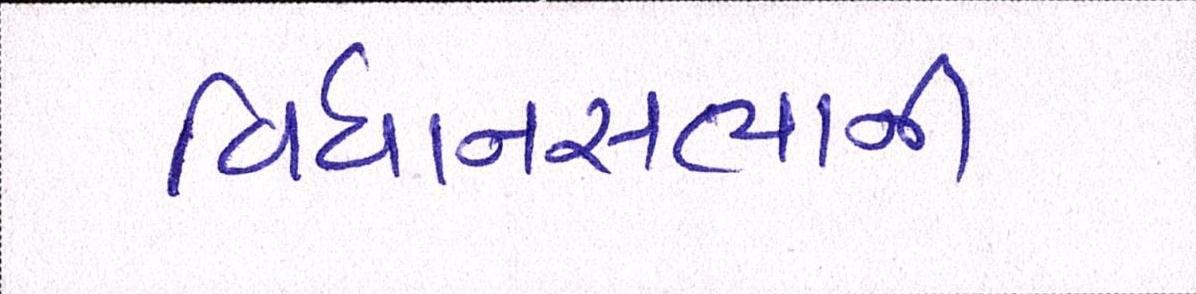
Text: વિધાનસભાની